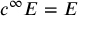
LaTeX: c ^ { \infty } E = E